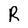
Character: R